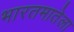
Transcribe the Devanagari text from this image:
भारतमातेला